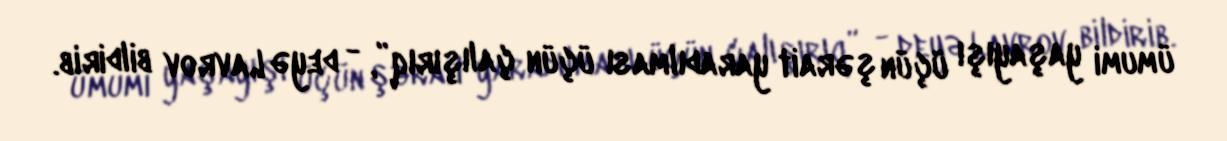
ümumi yaşayışı üçün şərait yaradılması üçün çalışırıq”, - deyə Lavrov bildirib.